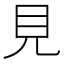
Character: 見